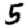
Digit: 5